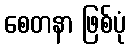
စေတနာ ဖြစ်ပုံ